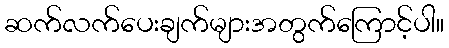
ဆက်လက်ပေးချက်များအတွက်ကြောင့်ပါ။